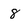
Character: 8